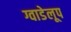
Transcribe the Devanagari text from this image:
ग्वाडेलूप